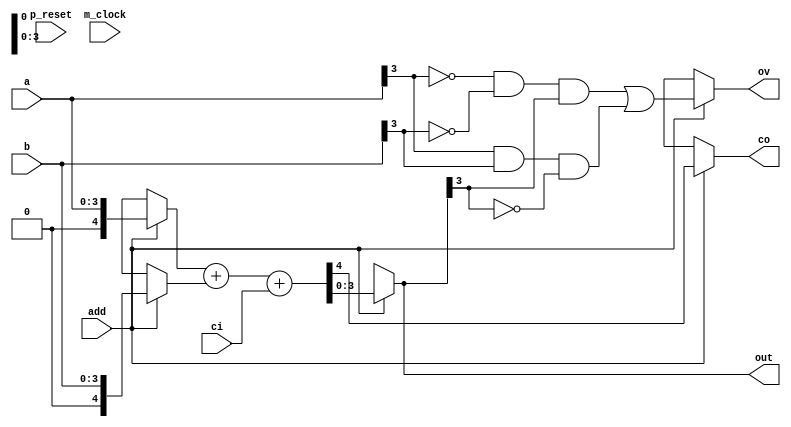
/*
 * This code is produced by: 
 *   FSL Compiler version 0.1 alpha (2020-05-08) build 20E313
 *   Designed by Nobuya WATANABE, Okayama University, 2015-2020.
 * 
 *   Thu May 21 16:18:35 JST 2020
 * 
 * The source file of this code: 'add32.fsl'.
 * 
 * INFO: 
 * 
 */
/* ModuleDef: add4 */

module add4(p_reset, m_clock, a, b, ci, out, co, ov, add);
  input        p_reset;
  wire         p_reset;
  input        m_clock;
  wire         m_clock;
  input  [3:0] a;
  wire   [3:0] a;
  input  [3:0] b;
  wire   [3:0] b;
  input        ci;
  wire         ci;
  output [3:0] out;
  wire   [3:0] out;
  output       co;
  wire         co;
  output       ov;
  wire         ov;
  input        add;
  wire         add;
  /* for bundle-type input/output */
  /* local decls */
  wire   [4:0] _add_t1_0_1000;
  wire   [4:0] _add_t2_0_1001;
  wire   [4:0] _add_t3_0_1002;
  /* assigns */
  assign _add_t1_0_1000 = add ? {1'B0, a} : 5'bx;
  assign _add_t2_0_1001 = add ? {1'B0, b} : 5'bx;
  assign _add_t3_0_1002 = add ? 
                            _add_t1_0_1000 + _add_t2_0_1001 + {4'b0000, ci} : 
                            5'bx;
  assign co = add ? _add_t3_0_1002[4] : 1'bx;
  assign out = add ? _add_t3_0_1002[3:0] : 4'bx;
  assign ov = add ? ~a[3] & ~b[3] & out[3] | a[3] & b[3] & ~out[3] : 1'bx;
  /* defs */
  /* FunDef add */
  /*   parameter: a: Bit(4) */
  /*   parameter: b: Bit(4) */
  /*   parameter: ci: Bit(1) */
endmodule
/* ModuleDef: add8 */

module add8(p_reset, m_clock, a, b, ci, out, co, ov, add);
  input        p_reset;
  wire         p_reset;
  input        m_clock;
  wire         m_clock;
  input  [7:0] a;
  wire   [7:0] a;
  input  [7:0] b;
  wire   [7:0] b;
  input        ci;
  wire         ci;
  output [7:0] out;
  wire   [7:0] out;
  output       co;
  wire         co;
  output       ov;
  wire         ov;
  input        add;
  wire         add;
  /* for bundle-type input/output */
  /* decls */
  /* ModuleInstance: a0: ___no_package___.add4 */
  wire         _a0_p_reset;
  wire         _a0_m_clock;
  wire   [3:0] _a0_b;
  wire         _a0_co;
  wire         _a0_ci;
  wire   [3:0] _a0_a;
  wire   [3:0] _a0_out;
  wire         _a0_ov;
  wire         _a0_add;
  add4 a0(.p_reset(_a0_p_reset),
          .m_clock(_a0_m_clock),
          .b(_a0_b),
          .co(_a0_co),
          .ci(_a0_ci),
          .a(_a0_a),
          .out(_a0_out),
          .ov(_a0_ov),
          .add(_a0_add));
  /* ModuleInstance: a1: ___no_package___.add4 */
  wire         _a1_p_reset;
  wire         _a1_m_clock;
  wire   [3:0] _a1_b;
  wire         _a1_co;
  wire         _a1_ci;
  wire   [3:0] _a1_a;
  wire   [3:0] _a1_out;
  wire         _a1_ov;
  wire         _a1_add;
  add4 a1(.p_reset(_a1_p_reset),
          .m_clock(_a1_m_clock),
          .b(_a1_b),
          .co(_a1_co),
          .ci(_a1_ci),
          .a(_a1_a),
          .out(_a1_out),
          .ov(_a1_ov),
          .add(_a1_add));
  /* local decls */
  wire   [3:0] __net0;
  wire   [3:0] __net1;
  wire         __net2;
  wire   [3:0] __net3;
  wire   [3:0] __net4;
  wire         __net5;
  wire         _add_c1_0_1002;
  wire   [3:0] _add_t0_0_1000;
  wire   [3:0] _add_t1_0_1001;
  /* assigns */
  assign __net0 = add ? a[3:0] : 4'bx;
  assign __net1 = add ? b[3:0] : 4'bx;
  assign __net2 = add ? ci : 1'bx;
  assign __net3 = add ? a[7:4] : 4'bx;
  assign __net4 = add ? b[7:4] : 4'bx;
  assign __net5 = add ? _a0_co : 1'bx;
  assign _a0_a = add ? __net0 : 4'bx;
  assign _a0_add = add ? 1'b1 : 1'b0;
  assign _a0_b = add ? __net1 : 4'bx;
  assign _a0_ci = add ? __net2 : 1'bx;
  assign _a0_m_clock = m_clock;
  assign _a0_p_reset = p_reset;
  assign _a1_a = add ? __net3 : 4'bx;
  assign _a1_add = add ? 1'b1 : 1'b0;
  assign _a1_b = add ? __net4 : 4'bx;
  assign _a1_ci = add ? __net5 : 1'bx;
  assign _a1_m_clock = m_clock;
  assign _a1_p_reset = p_reset;
  assign _add_c1_0_1002 = add ? _a1_co : 1'bx;
  assign _add_t0_0_1000 = add ? _a0_out : 4'bx;
  assign _add_t1_0_1001 = add ? _a1_out : 4'bx;
  assign co = add ? _add_c1_0_1002 : 1'bx;
  assign out = add ? {_add_t1_0_1001, _add_t0_0_1000} : 8'bx;
  assign ov = add ? 
                ~a[7] & ~b[7] & _add_t1_0_1001[3] | a[7] & b[7] & ~_add_t1_0_1001[3] : 
                1'bx;
  /* defs */
  /* FunDef add */
  /*   parameter: a: Bit(8) */
  /*   parameter: b: Bit(8) */
  /*   parameter: ci: Bit(1) */
endmodule
/* ModuleDef: add16 */

module add16(p_reset, m_clock, a, b, ci, out, co, ov, add);
  input         p_reset;
  wire          p_reset;
  input         m_clock;
  wire          m_clock;
  input  [15:0] a;
  wire   [15:0] a;
  input  [15:0] b;
  wire   [15:0] b;
  input         ci;
  wire          ci;
  output [15:0] out;
  wire   [15:0] out;
  output        co;
  wire          co;
  output        ov;
  wire          ov;
  input         add;
  wire          add;
  /* for bundle-type input/output */
  /* decls */
  /* ModuleInstance: a0: ___no_package___.add8 */
  wire          _a0_p_reset;
  wire          _a0_m_clock;
  wire    [7:0] _a0_b;
  wire          _a0_co;
  wire          _a0_ci;
  wire    [7:0] _a0_a;
  wire    [7:0] _a0_out;
  wire          _a0_ov;
  wire          _a0_add;
  add8 a0(.p_reset(_a0_p_reset),
          .m_clock(_a0_m_clock),
          .b(_a0_b),
          .co(_a0_co),
          .ci(_a0_ci),
          .a(_a0_a),
          .out(_a0_out),
          .ov(_a0_ov),
          .add(_a0_add));
  /* ModuleInstance: a1: ___no_package___.add8 */
  wire          _a1_p_reset;
  wire          _a1_m_clock;
  wire    [7:0] _a1_b;
  wire          _a1_co;
  wire          _a1_ci;
  wire    [7:0] _a1_a;
  wire    [7:0] _a1_out;
  wire          _a1_ov;
  wire          _a1_add;
  add8 a1(.p_reset(_a1_p_reset),
          .m_clock(_a1_m_clock),
          .b(_a1_b),
          .co(_a1_co),
          .ci(_a1_ci),
          .a(_a1_a),
          .out(_a1_out),
          .ov(_a1_ov),
          .add(_a1_add));
  /* local decls */
  wire    [7:0] __net0;
  wire    [7:0] __net1;
  wire          __net2;
  wire    [7:0] __net3;
  wire    [7:0] __net4;
  wire          __net5;
  wire          _add_c1_0_1002;
  wire    [7:0] _add_t0_0_1000;
  wire    [7:0] _add_t1_0_1001;
  /* assigns */
  assign __net0 = add ? a[7:0] : 8'bx;
  assign __net1 = add ? b[7:0] : 8'bx;
  assign __net2 = add ? ci : 1'bx;
  assign __net3 = add ? a[15:8] : 8'bx;
  assign __net4 = add ? b[15:8] : 8'bx;
  assign __net5 = add ? _a0_co : 1'bx;
  assign _a0_a = add ? __net0 : 8'bx;
  assign _a0_add = add ? 1'b1 : 1'b0;
  assign _a0_b = add ? __net1 : 8'bx;
  assign _a0_ci = add ? __net2 : 1'bx;
  assign _a0_m_clock = m_clock;
  assign _a0_p_reset = p_reset;
  assign _a1_a = add ? __net3 : 8'bx;
  assign _a1_add = add ? 1'b1 : 1'b0;
  assign _a1_b = add ? __net4 : 8'bx;
  assign _a1_ci = add ? __net5 : 1'bx;
  assign _a1_m_clock = m_clock;
  assign _a1_p_reset = p_reset;
  assign _add_c1_0_1002 = add ? _a1_co : 1'bx;
  assign _add_t0_0_1000 = add ? _a0_out : 8'bx;
  assign _add_t1_0_1001 = add ? _a1_out : 8'bx;
  assign co = add ? _add_c1_0_1002 : 1'bx;
  assign out = add ? {_add_t1_0_1001, _add_t0_0_1000} : 16'bx;
  assign ov = add ? 
                ~a[15] & ~b[15] & _add_t1_0_1001[7] | a[15] & b[15] & ~_add_t1_0_1001[7] : 
                1'bx;
  /* defs */
  /* FunDef add */
  /*   parameter: a: Bit(16) */
  /*   parameter: b: Bit(16) */
  /*   parameter: ci: Bit(1) */
endmodule
/* ModuleDef: add32 */

module add32(p_reset, m_clock, a, b, cin, sum, cout, add);
  input         p_reset;
  wire          p_reset;
  input         m_clock;
  wire          m_clock;
  input  [31:0] a;
  wire   [31:0] a;
  input  [31:0] b;
  wire   [31:0] b;
  input         cin;
  wire          cin;
  output [31:0] sum;
  wire   [31:0] sum;
  output        cout;
  wire          cout;
  input         add;
  wire          add;
  /* for bundle-type input/output */
  /* decls */
  /* ModuleInstance: a0: ___no_package___.add16 */
  wire          _a0_p_reset;
  wire          _a0_m_clock;
  wire   [15:0] _a0_b;
  wire          _a0_co;
  wire          _a0_ci;
  wire   [15:0] _a0_a;
  wire   [15:0] _a0_out;
  wire          _a0_ov;
  wire          _a0_add;
  add16 a0(.p_reset(_a0_p_reset),
           .m_clock(_a0_m_clock),
           .b(_a0_b),
           .co(_a0_co),
           .ci(_a0_ci),
           .a(_a0_a),
           .out(_a0_out),
           .ov(_a0_ov),
           .add(_a0_add));
  /* ModuleInstance: a1: ___no_package___.add16 */
  wire          _a1_p_reset;
  wire          _a1_m_clock;
  wire   [15:0] _a1_b;
  wire          _a1_co;
  wire          _a1_ci;
  wire   [15:0] _a1_a;
  wire   [15:0] _a1_out;
  wire          _a1_ov;
  wire          _a1_add;
  add16 a1(.p_reset(_a1_p_reset),
           .m_clock(_a1_m_clock),
           .b(_a1_b),
           .co(_a1_co),
           .ci(_a1_ci),
           .a(_a1_a),
           .out(_a1_out),
           .ov(_a1_ov),
           .add(_a1_add));
  /* local decls */
  wire   [15:0] __net0;
  wire   [15:0] __net1;
  wire          __net2;
  wire   [15:0] __net3;
  wire   [15:0] __net4;
  wire          __net5;
  wire          _add_c1_0_1002;
  wire   [15:0] _add_t0_0_1000;
  wire   [15:0] _add_t1_0_1001;
  /* assigns */
  assign __net0 = add ? a[15:0] : 16'bx;
  assign __net1 = add ? b[15:0] : 16'bx;
  assign __net2 = add ? cin : 1'bx;
  assign __net3 = add ? a[31:16] : 16'bx;
  assign __net4 = add ? b[31:16] : 16'bx;
  assign __net5 = add ? _a0_co : 1'bx;
  assign _a0_a = add ? __net0 : 16'bx;
  assign _a0_add = add ? 1'b1 : 1'b0;
  assign _a0_b = add ? __net1 : 16'bx;
  assign _a0_ci = add ? __net2 : 1'bx;
  assign _a0_m_clock = m_clock;
  assign _a0_p_reset = p_reset;
  assign _a1_a = add ? __net3 : 16'bx;
  assign _a1_add = add ? 1'b1 : 1'b0;
  assign _a1_b = add ? __net4 : 16'bx;
  assign _a1_ci = add ? __net5 : 1'bx;
  assign _a1_m_clock = m_clock;
  assign _a1_p_reset = p_reset;
  assign _add_c1_0_1002 = add ? _a1_co : 1'bx;
  assign _add_t0_0_1000 = add ? _a0_out : 16'bx;
  assign _add_t1_0_1001 = add ? _a1_out : 16'bx;
  assign cout = add ? _add_c1_0_1002 : 1'bx;
  assign sum = add ? {_add_t1_0_1001, _add_t0_0_1000} : 32'bx;
  /* defs */
  /* FunDef add */
  /*   parameter: a: Bit(32) */
  /*   parameter: b: Bit(32) */
  /*   parameter: cin: Bit(1) */
endmodule
/* End of file (add32.v) */